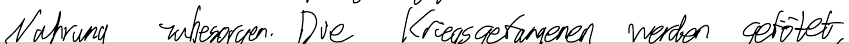
Nahrung zu besorgen. Die Kriegsgefangenen werden getötet,